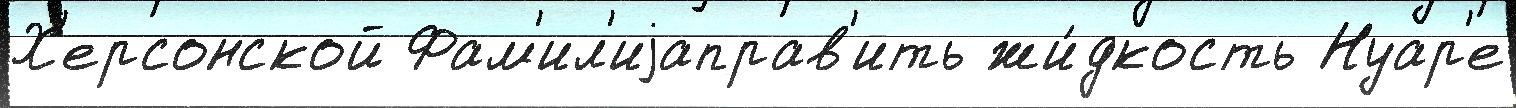
Х'ерсонской Фам'ил'иjаправ'ить жи́дкость Нуар'е